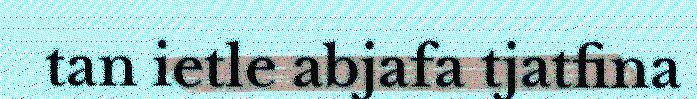
tan ietle abjafa tjatfina